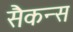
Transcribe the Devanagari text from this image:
सैकन्स